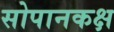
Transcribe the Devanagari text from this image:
सोपानकक्ष